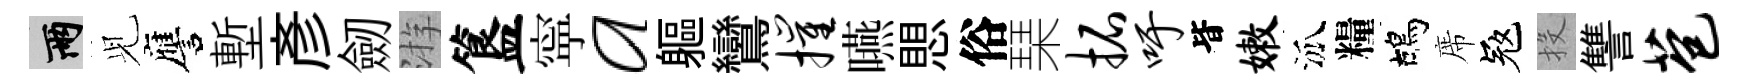
兩𫤗譍塹彥劒㳺簋寜a軀鸞摧嚥愳俗琹拓吁𣅜嫩泒糧鴣席冦投讐苞